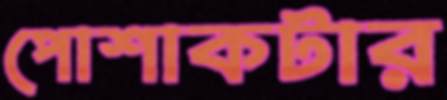
পোশাকটার